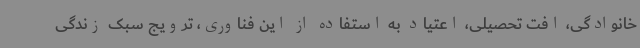
خانوادگی، افت تحصیلی، اعتیاد به استفاده از این فناوری، ترویج سبک زندگی